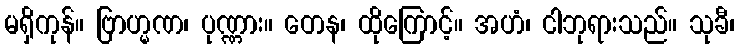
မရှိကုန်။ ဗြာဟ္မဏ၊ ပုဏ္ဏား။ တေန၊ ထိုကြောင့်။ အဟံ၊ ငါဘုရားသည်။ သုခီ၊